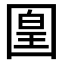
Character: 𡈁